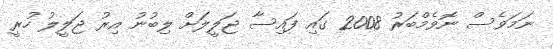
ނަމަވެސް ނޮވެމްބަރު 2008 ގައި ފައިސާ ޖަލީލަށް ލިބުނު އިރު ޖަލީލު ހުރީ